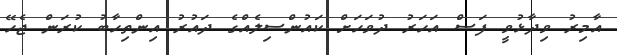
އާމިރު ވިދާޅުވީ ފަސް އަހަރު ދުވަހަށް ކައުންސިލެއްގެ ދައުރު އިންތިހާބު ކުރަން ޖެހޭ